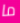
ما